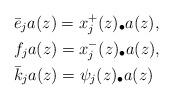
LaTeX: \begin{align*}&\bar{e}_j a(z) = x_{j}^{+}(z)_\bullet a(z),\\&f_j a(z)=x_{j}^{-}(z)_\bullet a(z),\\&\bar{k}_{j}a(z)=\psi_{j}(z)_\bullet a(z)\end{align*}